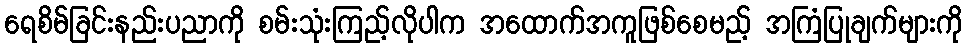
ရေစိမ်ခြင်းနည်းပညာကို စမ်းသုံးကြည့်လိုပါက အထောက်အကူဖြစ်စေမည့် အကြံပြုချက်များကို